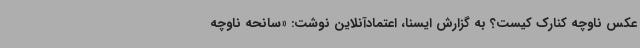
عکس ناوچه کنارک کیست؟ به گزارش ایسنا، اعتمادآنلاین نوشت: «سانحه ناوچه